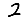
Digit: 2